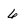
Character: 6